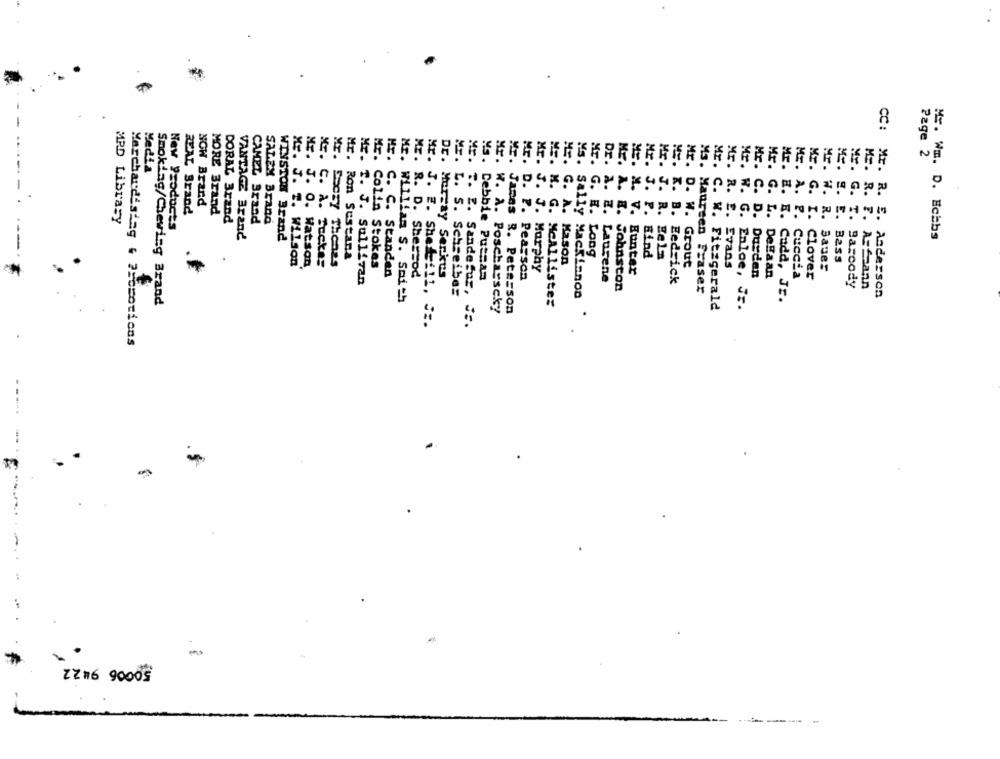
CC :
Page 2
Mr.
Mr.
Mr.
Media
Mr.
Mr.
ME.
ME. M.
ME. D.
Mr. 3. 1
Mr. B.
Mr. A.
Mr. W.
REAL Brand
NOW Brand
MORE Brand
14077
==. X. B.
MPD Library
DORAL Brand
CAMEL Brand
SALEM Brand
Mr. R. E.
W. G.
Mr. G. L.
E.
2.
G. I.
R.
Mr. S. E.
G. T.
1 .
New Products
VANTAGE Brand
Mr. WE. D. Ecabs
WINSTON Brand
P. Eind
ME. J. T. Wilson
I. C. A. Suckes
Mr. Soczy Thones
Mr. Ron Sustana
Mason
MI. J. R. HeLa
Bass
Mr. Colin Stokes
Hr. C. C. Standen
Murphy
Eunter
Sauer
Mr. T. J. Sullivan
Mr. R. D. Sherzod
Dr. Murray Serkus
Ms. Debbie Puesas
Mr. D. P. Pearson
Dr. A. E. Laurene
Eedsick
C. D. Durden
L. Delaan
Cuccia
Clover
Johnston
Ms. Maureen Fraser
G. T. Sazcody
F. A=Spann
Mr. L. S. Schseibes
Ms. Sally Mackinnon
R. E. Anderson
Smoking/Chewing Brand
Mr. William S. Smith
ME. M. G. McAllister
Cuda, JE.
Mr. W. A. Posebayscky
James R. Peterson
Mr. C. W. Fitzgerald
Mr. W. G. Enloe, Jr.
Mr. J. E. Shefill, Jz.
Mr. T. Z. SandeSur, Js.
Merchandising & Promotions
-
-
ZZ16 90005